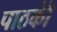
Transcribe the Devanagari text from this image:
पाठकॊं